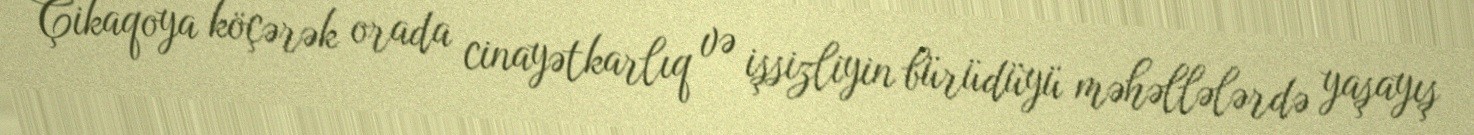
Çikaqoya köçərək orada cinayətkarlıq və işsizliyin bürüdüyü məhəllələrdə yaşayış